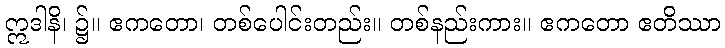
ဣဒါနိ၊ ၌။ ဧကတော၊ တစ်ပေါင်းတည်း။ တစ်နည်းကား။ ဧကတော ဧတိဿာ